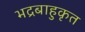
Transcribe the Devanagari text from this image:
भद्रबाहुकृत